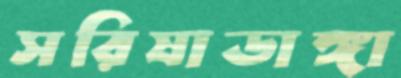
সরিষাডাঙ্গা